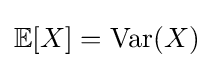
\mathbb {E} [X]={\text{Var}}(X)